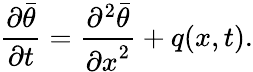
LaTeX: \frac{\partial\bar{\theta}}{\partial t}=\frac{\partial^{2}\bar{\theta}}{{\partial x}^{2}}+q(x,t).